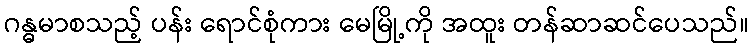
ဂန္ဓမာစသည့် ပန်း ရောင်စုံကား မေမြို့ကို အထူး တန်ဆာဆင်ပေသည်။